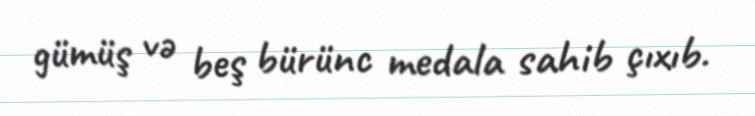
gümüş və beş bürünc medala sahib çıxıb.